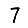
Digit: 7